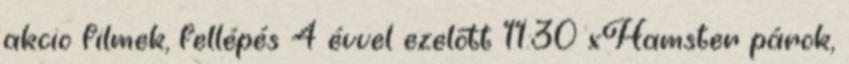
akcio filmek, fellépés 4 évvel ezelőtt 11:30 xHamster párok,